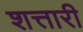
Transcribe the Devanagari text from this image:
शत्तारी